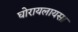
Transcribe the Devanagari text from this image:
घोरायलायसा